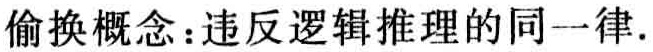
偷换概念：违反逻辑推理的同一律.